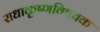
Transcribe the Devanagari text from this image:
राधाकृष्णविषयक